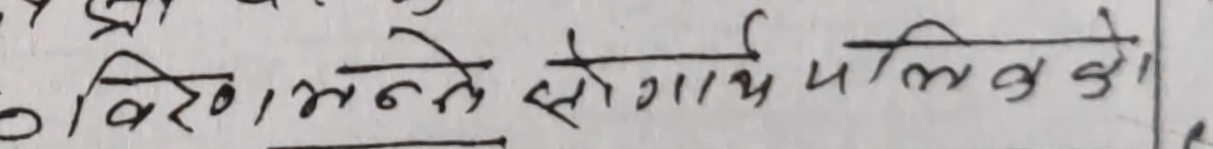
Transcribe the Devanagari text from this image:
विरोध गर्न सो गाउँ पलिबको